Lunatic asylums Central Provinces reports 1874-1885 - 1874-1885
Year: 1874
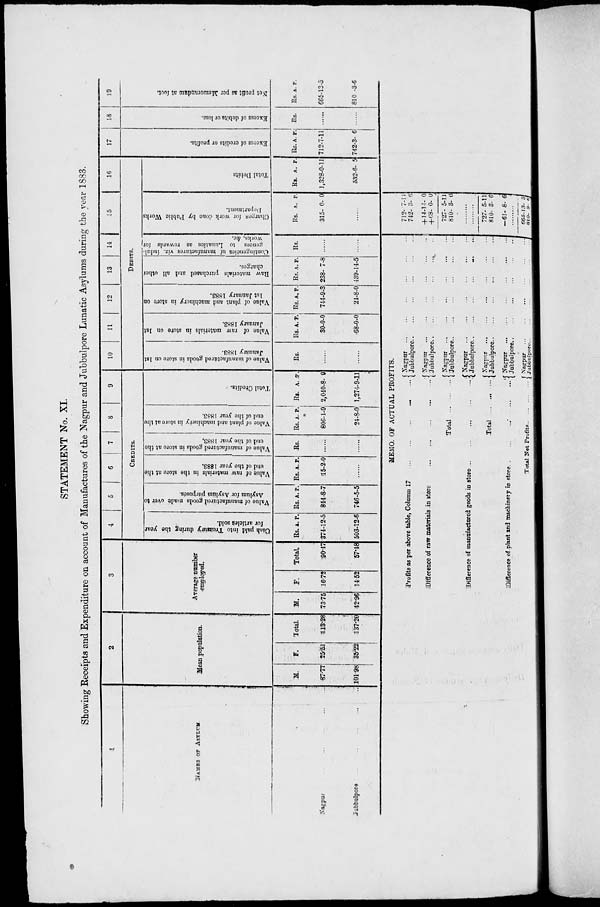
STATEMENT No. XI.
Showing Receipts and Expenditure on account of Manufactures of the Nagpur and Jubbulpore Lunatic Asylums during the year 1883.
1
NAMES OF ASYLUM
Nagpur
...
Jubbulpore ...
2
Mean population.
M.
87.77
101.98
F.
25.51
35.22
Total
113.28
137.20
3
Average number
employed.
M.
73.75
42.96
F.
16.72
14.52
Total.
90.47
57.48
4
5
6
7
8
9
CREDITS.
Cash
paid into Treasury during the year
for articled sold.
Rs. A. P.
374-12-5
503-12-6
value of manufactured goods made over to
Asylum for Asylum purposes.
Rs. A. P.
844-8-7
746-5-5
Value of raw materials in the store at the
end of the year 1883.
Rs. A. P.
15-2-0
......
Value of manufactured goods in store at the
end of the year 1883.
Rs.
......
......
Value of plant and machinery in store at the
end of the year 1883.
Rs. A. P.
806-1-9
24-8-0
Total Credits.
Rs. A. P.
2,040-8- 9
1,274-9-11
10
11
12
13
14
15
16
DEBITS.
Value of manufactured goods in store on 1st
January 1883.
Rs.
......
Value of raw materials in store on 1st
January 1883.
Rs. A. P.
30-0-0
68-0-0
Value of plant and machinery in store on
1st January 1883.
RS. A. P.
744-9-3
21-8-0
Raw materials purchased and all other
charges.
RS. A. P.
238- 7-8
439-14-5
Contingencies Of manufactures viz. indul-
gences to Lunatics as rewards for
works, &c.
Rs.
......
Charges for work done by Public Works
Department.
Rs. A. P.
315- 0- 0
......
Total Debits
Rs. A. P.
1,328-0-11
532-6- 5
17
Excess of credits or profits.
Rs. A. P.
712-7-11
742-3- 6
18
Excess of debits or loss.
Rs.
......
19
Net
profit as per Memorandum at foot.
Rs. A. P.
665-13-5
810 -3-6
MEMO. OF ACTUAL PROFITS.
Profits as per above table, Column 17 ... ... ... ... ...
Difference of raw materials in store ... ... ... ... ...
Total ... ... ...
Difference of manufactured goods in store
...
...
...
...
...
Total ... ... ...
Difference of plant and machinery in store ... ... ...
Total Net Profits
...
...
...
Nagpur ...
Jubbulpore
...
Nagpur
...
Jubbulpore
...
Nagpur
...
Jubbulpore
...
Nagpur
...
Jubbulpore
...
Nagpur
...
Jubbulpore
...
Nagpur
...
Jubbulpore
...
Nagpur
...
Jubbulpore
...
712- 7-11
742- 3- 6
+ 14-14- 0
+ 68- 0- 0
727- 5-11
810- 3- 6
.........
.........
727- 5-11
810- 3- 6
—61- 8- 6
.........
665-13- 5
810-3-6